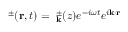
{ \bf { \Psi } } ^ { \pm } ( { \bf { r } } , t ) = { \bf { \Psi } } _ { { \bf { k } } } ^ { \pm } ( z ) e ^ { - i \omega t } e ^ { i { \bf { k } } \cdot { \bf { r } } }